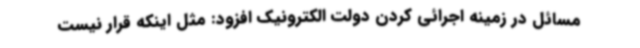
مسائل در زمینه اجرائی کردن دولت الکترونیک افزود: مثل اینکه قرار نیست